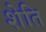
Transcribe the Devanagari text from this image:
शेति